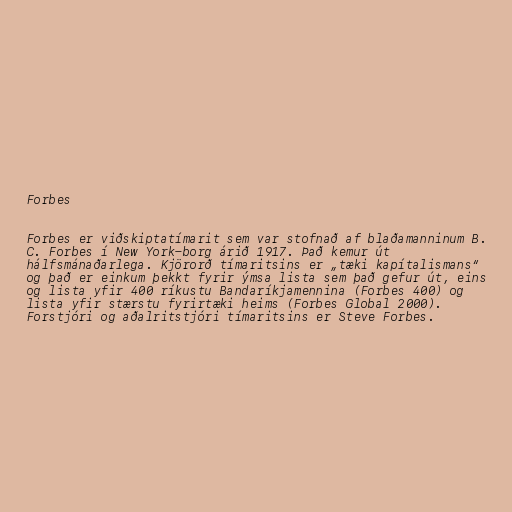
Forbes

Forbes er viðskiptatímarit sem var stofnað af blaðamanninum B.
C. Forbes í New York-borg árið 1917. Það kemur út
hálfsmánaðarlega. Kjörorð tímaritsins er „tæki kapítalismans“
og það er einkum þekkt fyrir ýmsa lista sem það gefur út, eins
og lista yfir 400 ríkustu Bandaríkjamennina (Forbes 400) og
lista yfir stærstu fyrirtæki heims (Forbes Global 2000).
Forstjóri og aðalritstjóri tímaritsins er Steve Forbes.